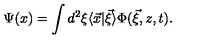
\Psi ( x ) = \int d ^ { 2 } \xi \langle \vec { x } | \vec { \xi } \rangle \Phi ( \vec { \xi } , z , t ) .